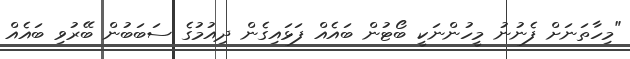
"މިހާތަނަށް ފެނުނު މީހުންނަކީ ބޯޓުން ބައެއް ފަޅައިގެން ދިއުމުގެ ސަބަބުން ބޭރުވި ބައެއް